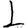
Digit: 1